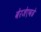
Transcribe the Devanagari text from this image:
बेरजेएवढे